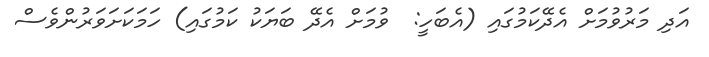
އަދި މަރުވުމަށް އެދޭކަމުގައި (އެބަހީ:  ވުމަށް އެދޭ ބަޔަކު ކަމުގައި) ހަމަކަށަވަރުންވެސް